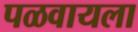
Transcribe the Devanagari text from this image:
पळवायला